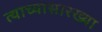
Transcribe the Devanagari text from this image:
त्याच्यासारख्या